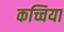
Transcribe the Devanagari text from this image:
कच्चिया